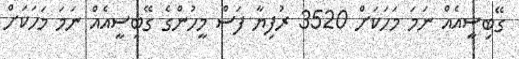
ގޭބިސީއެއް ނަމަ މަހަކަށް 3520 ރުފިޔާ ފަސް މީހުންގެ ގޭބިސީއެއް ނަމަ މަހަކަށް